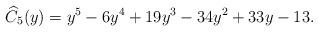
LaTeX: \begin{align*} \widehat{C}_5(y) = y^5-6y^4+19y^3-34y^2+33y-13.\end{align*}